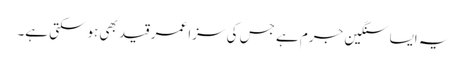
یہ ایسا سنگین جرم ہے جس کی سزا عمر قید بھی ہوسکتی ہے۔